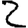
Digit: 2